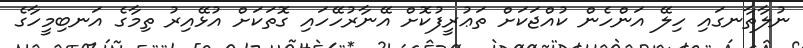
ނުލާތާނގައި ހިލޭ އަންހެން ކުއްޖަކަށް ތަޢުރީފުކޮށް އޭނާރުހޭހައި ގޮތަކަށް އުޅޭއިރު ތިމާގެ އަނބިމީހާގެ